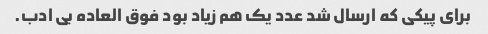
برای پیکی که ارسال شد عدد یک هم زیاد بود فوق العاده بی ادب.